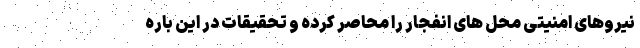
نیروهای امنیتی محل های انفجار را محاصر کرده و تحقیقات در این باره